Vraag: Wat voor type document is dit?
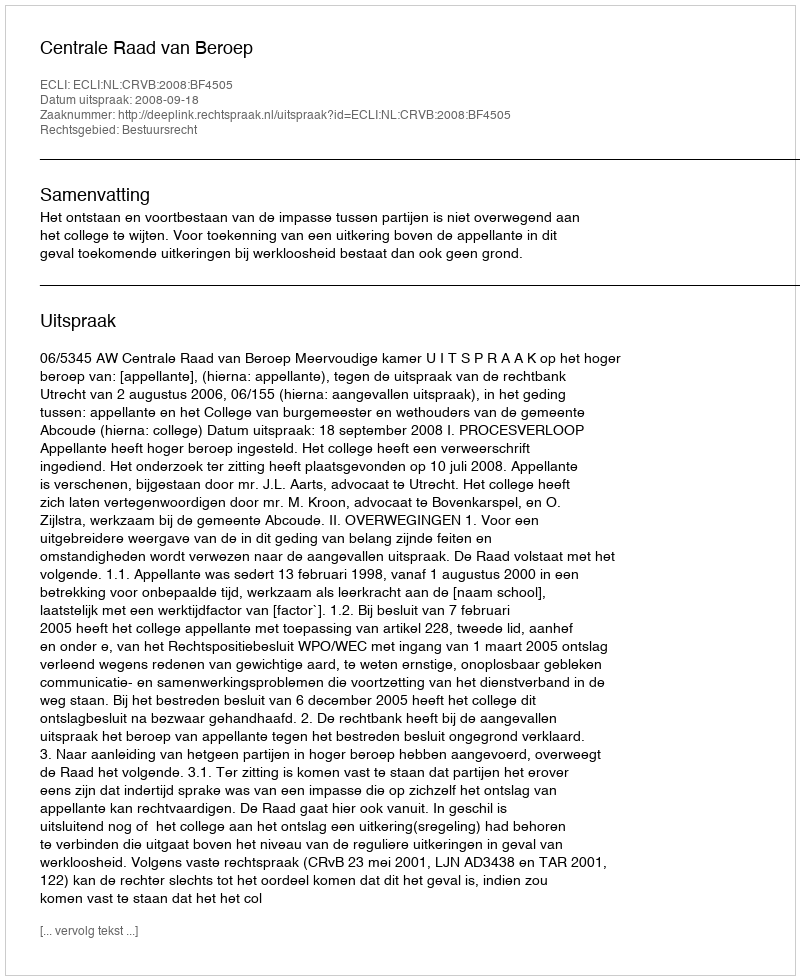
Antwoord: Uitspraak